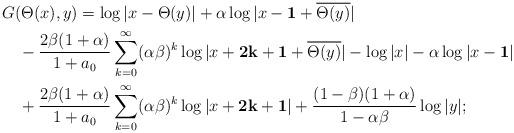
LaTeX: \begin{align*}&G (\Theta(x),y)=\log|x-\Theta(y)|+\alpha\log|x-{\bf 1}+\overline{\Theta(y)}|\\&\quad-\frac{2\beta(1+\alpha)}{1+a_0}\sum_{k=0}^\infty(\alpha\beta)^k\log|x+{\bf 2k+1}+\overline{\Theta(y)}|-\log|x|-\alpha\log|x-{\bf 1}|\\&\quad+\frac{2\beta(1+\alpha)}{1+a_0}\sum_{k=0}^\infty(\alpha\beta)^k\log|x+{\bf 2k+1}|+\frac{(1-\beta)(1+\alpha)}{1-\alpha\beta}\log|y|;\end{align*}